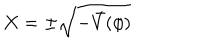
X = \pm \sqrt { - \bar { V } ( \phi ) }